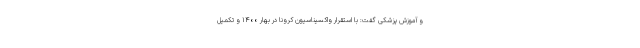
و آموزش پزشکی گفت: با استقرار واکسیناسیون کرونا در بهار ۱۴۰۰ و تکمیل